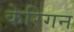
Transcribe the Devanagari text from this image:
केरिगन